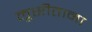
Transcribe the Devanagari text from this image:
लूसीताना